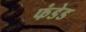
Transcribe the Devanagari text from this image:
फंडेड